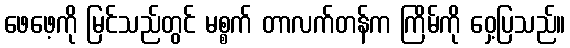
ဖေဖေ့ကို မြင်သည်တွင် မစ္စက် တာလက်တန်က ကြိမ်ကို ဝှေ့ပြသည်။